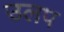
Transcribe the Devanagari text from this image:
उलप